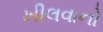
ખીલવાનો